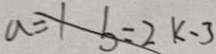
a = 1 b = 2 k - 3